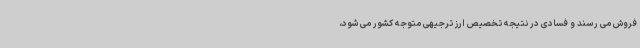
فروش می رسند و فسادی در نتیجه تخصیص ارز ترجیهی متوجه کشور می شود،